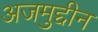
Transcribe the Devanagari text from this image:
अजमुद्दीन